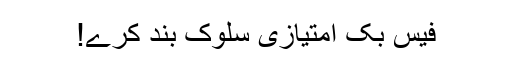
فیس بک امتیازی سلوک بند کرے!